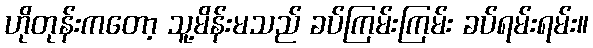
ဟိုတုန်းကတော့ သူ့မိန်းမသည် ခပ်ကြမ်းကြမ်း ခပ်ရမ်းရမ်း။